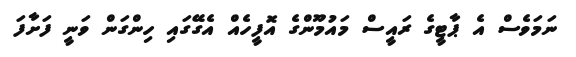
ނަމަވެސް އެ ޕާޓީގެ ރައީސް މައުމޫންގެ އޮފީހެއް އެގޭގައި ހިންގަން ވަނީ ފަށާފަ